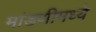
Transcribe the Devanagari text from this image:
मांडणीमध्‍ये